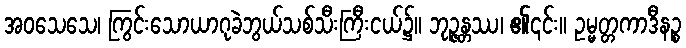
အဝသေသေ၊ ကြွင်းသောယာဂုခဲဘွယ်သစ်သီးကြီးငယ်၌။ ဘုဉ္ဇန္တဿ၊ ၏၎င်း။ ဥမ္မတ္တကာဒီနဉ္စ